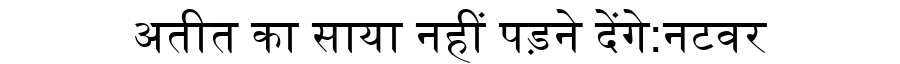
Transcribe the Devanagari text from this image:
अतीत का साया नहीं पड़ने देंगे:नटवर